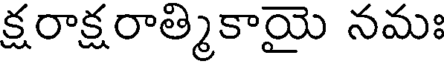
క్షరాక్షరాత్మికాయై నమః